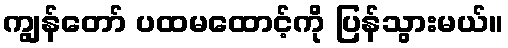
ကျွန်တော် ပထမထောင့်ကို ပြန်သွားမယ်။